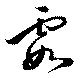
霞